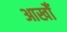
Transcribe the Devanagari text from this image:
आखोँ